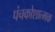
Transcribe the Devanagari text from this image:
पंचकोशात्मक